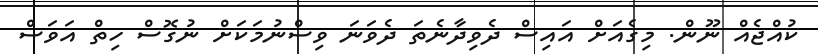
ކުއްޖެއް ނޫން. މިގެއަށް އައިސް ދެވިދާނެތަ ދެވަނަ ވިސްނުމަކަށް ނުގޮސް ހިތް އަވަސް